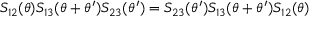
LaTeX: S _ { 1 2 } ( \theta ) S _ { 1 3 } ( \theta + \theta ^ { \prime } ) S _ { 2 3 } ( \theta ^ { \prime } ) = S _ { 2 3 } ( \theta ^ { \prime } ) S _ { 1 3 } ( \theta + \theta ^ { \prime } ) S _ { 1 2 } ( \theta )